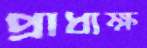
প্রাধ্যক্ষ